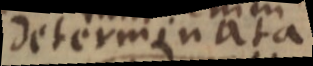
determinata